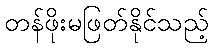
တန်ဖိုးမဖြတ်နိုင်သည့်